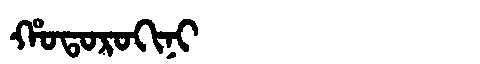
Manchu: ᡥᠣᡨᠣᡵᠣᡴᡳᠨᡳ
Romanization: HOTOROKINI